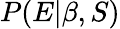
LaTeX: P(E|\beta,S)